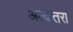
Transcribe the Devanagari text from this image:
अल्कतरा